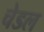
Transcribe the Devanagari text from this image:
चेडल